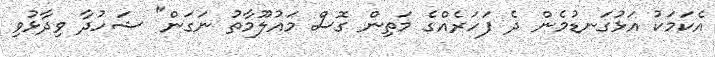
އެކަމަކު އަޅުގަނޑުމެން ދެ ފަހަރެއްގެ މަތިން ގޮސް މައުލޫމާތު ނަގަން" ޝަހުދާ ވިދާޅުވި